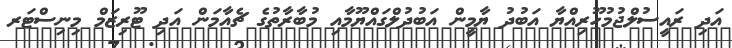
އަދި ރައީސުލްޖުމުހޫރިއްޔާ އަބުދު ޔާމީން އަބުދުލްގައްޔޫމާއި މުބާރާތުގެ ޗެއާމަން އަދި ޓޫރިޒަމް މިނިސްޓަރ